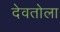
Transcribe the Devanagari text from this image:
देवतोला